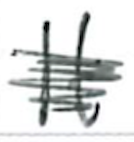
Text: It
Cross-out: scratch
Writing tool: ballpoint